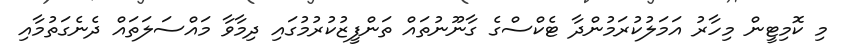
މި ކޮމިޓީން މިހާރު އަމަލުކުރަމުންދާ ޓެކްސްގެ ގާނޫނުތައް ތަންފީޒުކުރުމުގައި ދިމާވާ މައްސަލަތައް ދެނެގަތުމާއި